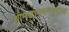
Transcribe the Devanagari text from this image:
श्रीमद्भागवतपुराण